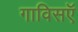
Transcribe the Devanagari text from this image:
गाविसऍ